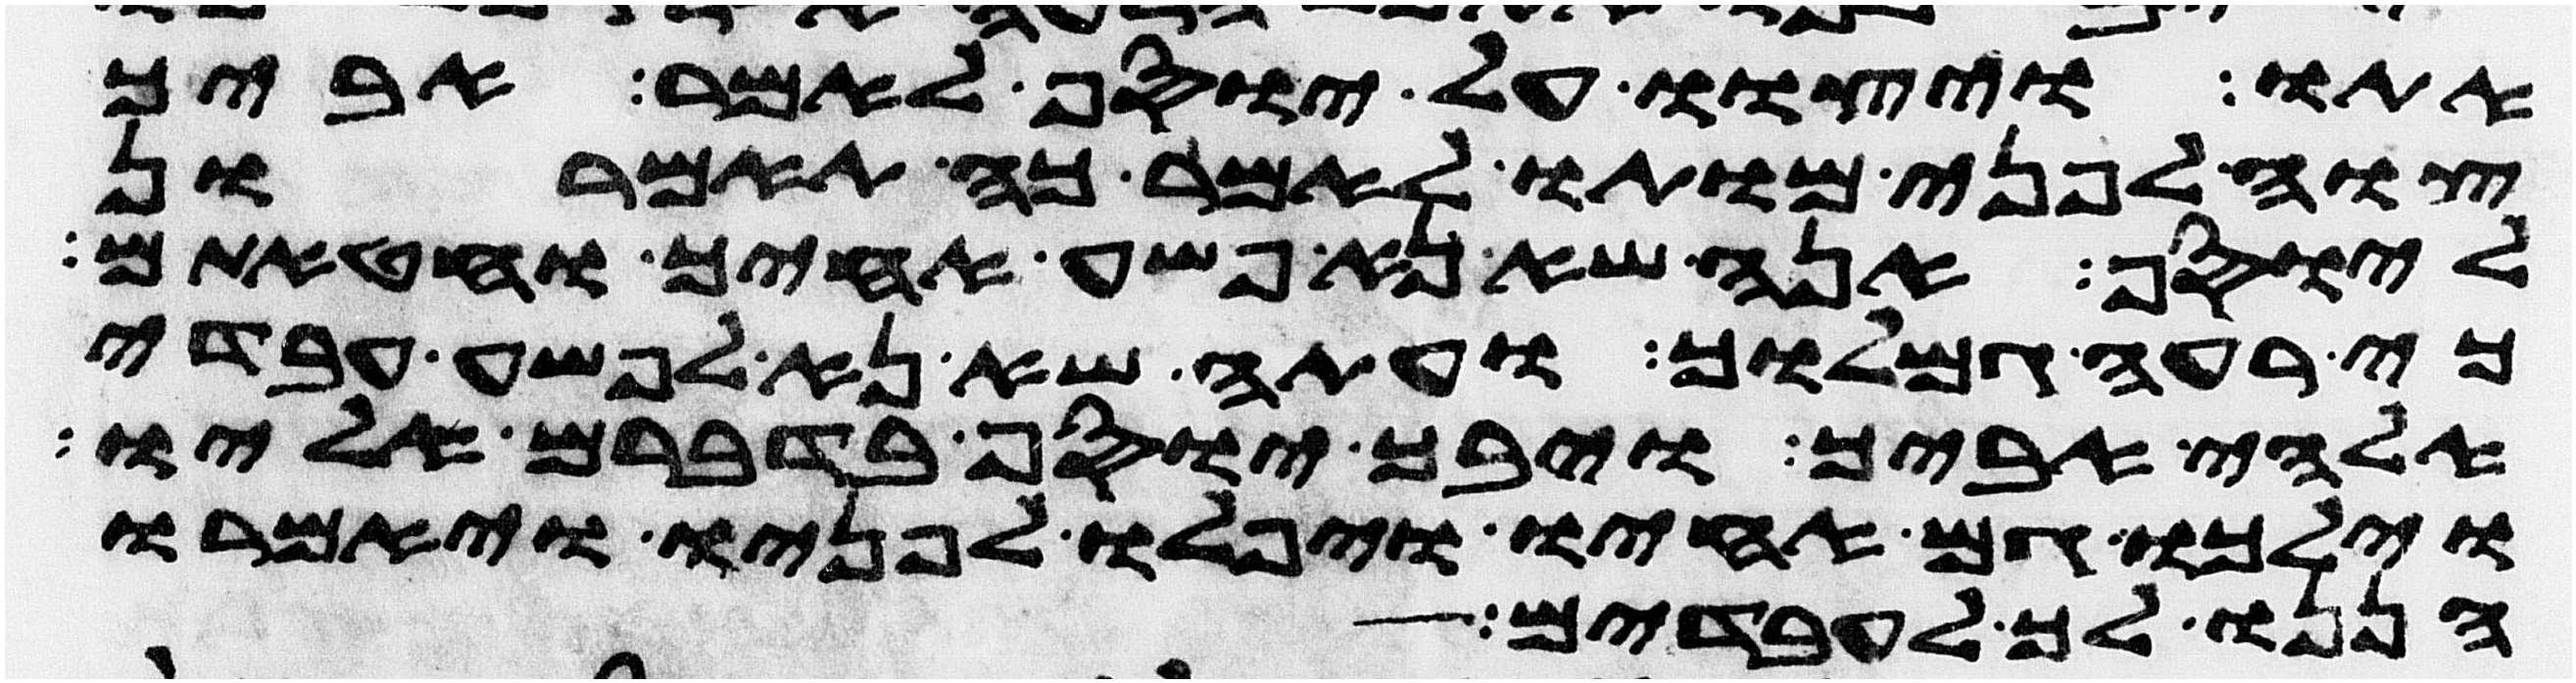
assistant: אתו ויצוו על יוסף לאמר אביך
צוה לפני מותו לאמר כה תאמרון
ליוסף אנה שא נא פשע אחיך וחטאתם
כי רעה גמלוך ועתה שא נא לפשע עבדי
אלהי אביך ויבך יוסף בדברם אליו
וילכו גם אחיו ויפלו לפניו ויאמרו
הננו לך לעבדים